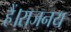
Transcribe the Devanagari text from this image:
हैं।राजनय